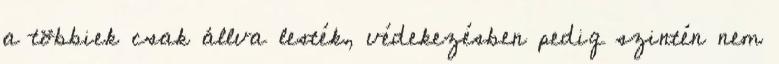
a többiek csak állva lesték, védekezésben pedig szintén nem